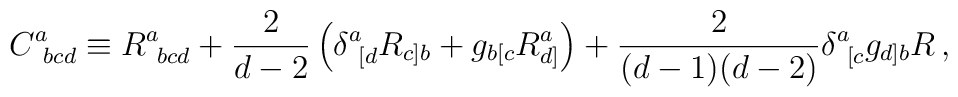
C^a_{\ bcd} \equiv R^a_{\ bcd} + {2\over d-2}\left( \delta^a_{\ [d}R_{c]b} +g_{b[c}R_{d]}^a\right) + {2\over (d-1)(d-2)} \delta^a_{\ [c}g_{d]b}R\,,